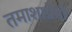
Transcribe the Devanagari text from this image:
तमाशाप्रेमी